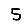
Digit: 5